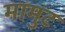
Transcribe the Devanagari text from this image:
मामुट